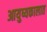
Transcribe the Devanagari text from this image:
आयुष्यकालात